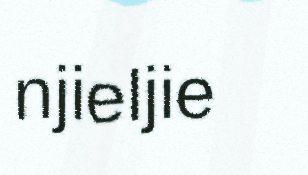
njieljie